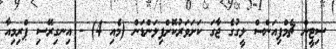
ސިޓީން ޗެމްޕިއަންސް ލީގުގެ ޖާގަ ކަށަވަރުކޮށްފިލަންޑަން (މެއި 4) - އިނގިރޭސި ޕްރިމިއާ